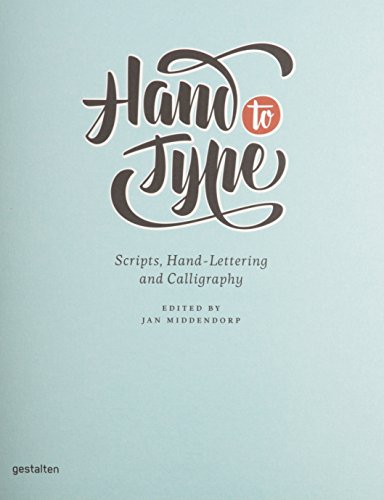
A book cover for Hand to Type: Scripts, Hand-Lettering and Calligraphy; Arts & Photography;